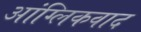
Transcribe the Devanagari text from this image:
आंग्लिकवाद